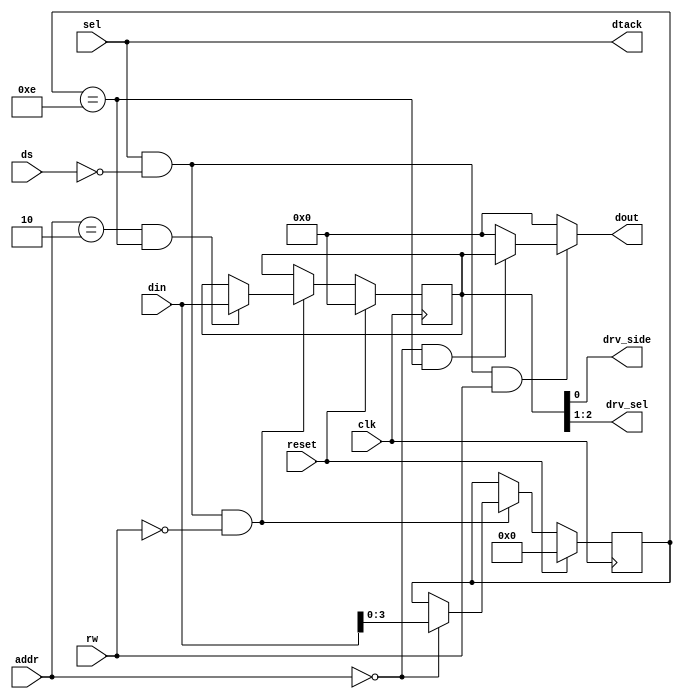
module psg (
	// cpu register interface
	input clk,
	input reset,
	input [7:0] din,
	input sel,
	input [7:0] addr,
	input ds,
	input rw,
	output reg [7:0] dout,
	output dtack,	

	output drv_side,
	output [1:0] drv_sel
);

// port a is partly used to select the floppy
assign drv_side = port_a[0];
assign drv_sel = { port_a[2], port_a[1] };

// ------------------ cpu interface --------------------

reg [7:0] port_a;
reg [3:0] reg_sel;

// dtack
assign dtack = sel;

always @(sel, ds, rw, addr) begin
   dout = 8'h00;

	if(sel && ~ds && rw) begin
		// read from selected register
		if(addr == 8'h00 && reg_sel == 4'd14)
			dout = port_a;
   end
end
   
always @(negedge clk) begin
   if(reset) begin
      reg_sel <= 4'd0;
      port_a <= 8'd0;
   end else begin
      // keyboard acia data register writes into buffer 
      if(sel && ~ds && ~rw) begin
			// register select
			if(addr == 8'h00)
				reg_sel <= din[3:0];
				
			// write to selected register
			if(addr == 8'h02 && reg_sel == 4'd14)
				port_a <= din;
      end
   end
end
   
endmodule